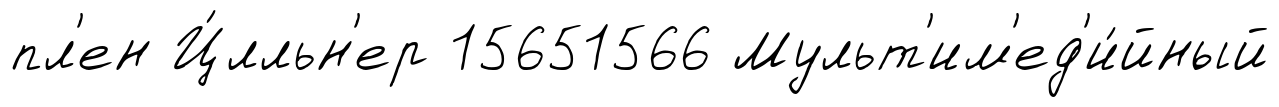
пл'ен Ц́лльн'ер 15651566 Мульт'им'ед'и́йный